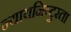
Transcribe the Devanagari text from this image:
न्यायनिष्टुरता